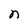
Character: n